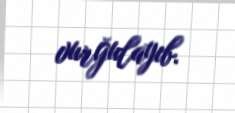
vurğulayıb.